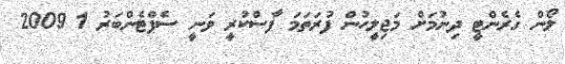
ލޯން ގެރެންޓީ ދިނުމަށް މަޖިލީހުން ފުރަތަމަ ފާސްކުރީ ވަނީ ސެޕްޓެންބަރު 1 2009